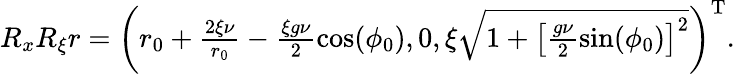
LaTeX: \begin{array}{r}{R_{x}R_{\xi}r=\left(r_{0}+\frac{2\xi\nu}{r_{0}}-\frac{\xi g\nu}{2}\cos(\phi_{0}),0,\xi\sqrt{1+\left[\frac{g\nu}{2}\sin(\phi_{0})\right]^{2}}\right)^{\mathrm{T}}.}\end{array}